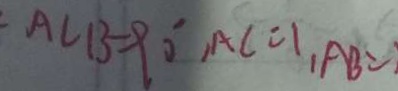
A C B = 9 0 ^ { \circ } , A C = 1 , A B =